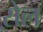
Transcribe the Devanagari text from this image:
ऱोल